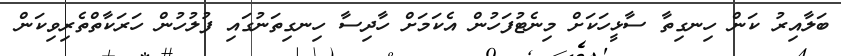
ބަލާއިރު ކަން ހިނގިތާ ސާޅީހަކަށް މިނެޓުފަހުން އެކަމަށް ހާދިސާ ހިނގިތަނުގައި ފުލުހުން ހަރަކާތްތެރިވިކަން